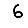
Digit: 6